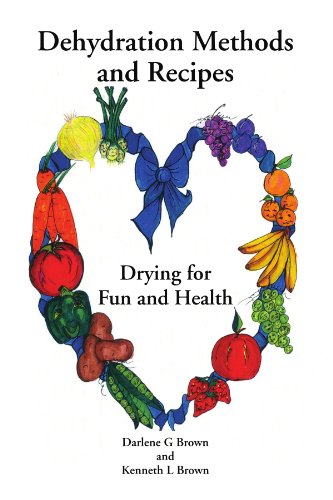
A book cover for Drying for Fun and Health: Dehydration Methods and Recipes; Ken Brown; Cookbooks, Food & Wine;